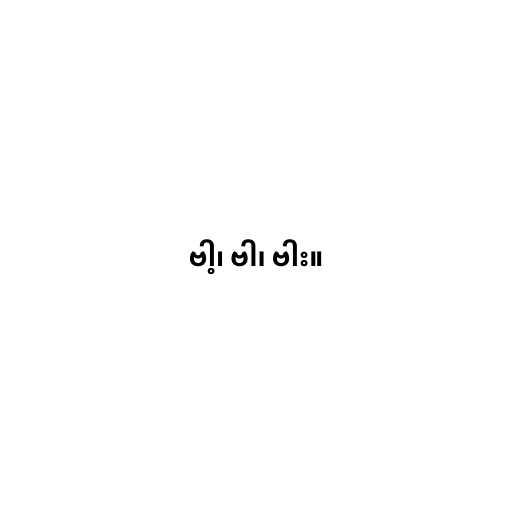
ဗါ့၊ ဗါ၊ ဗါး။